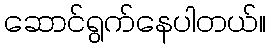
ဆောင်ရွက်နေပါတယ်။